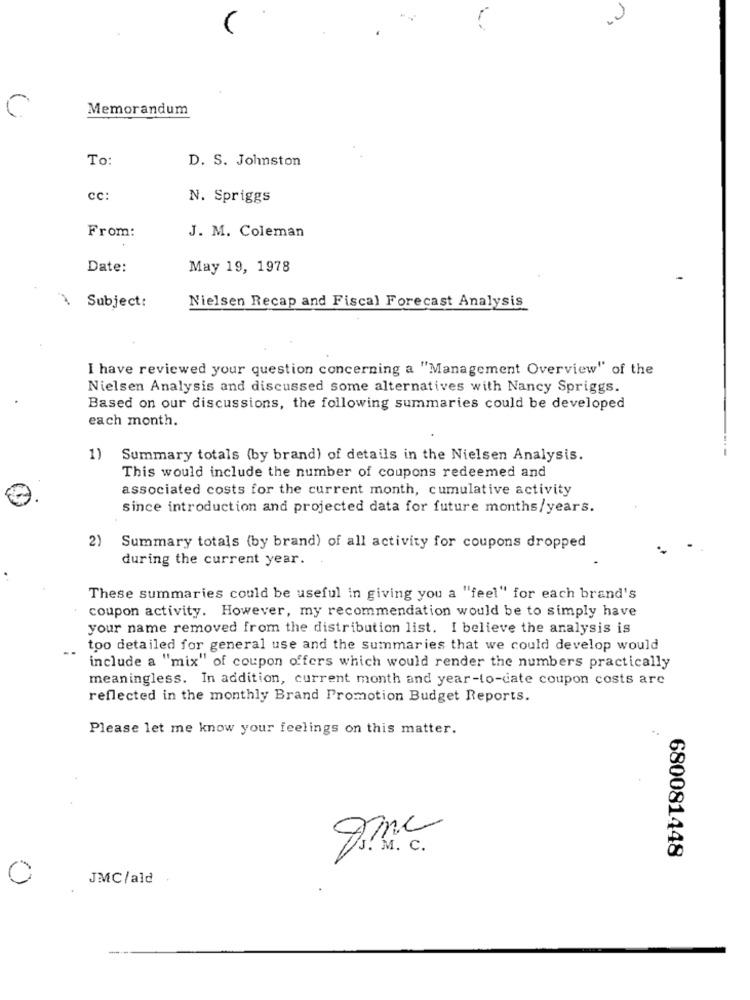
C
Memorandum
To:
D. S. Johnston
cc:
N. Spriggs
J. M. Coleman
From:
Date:
May 19, 1978
Nielsen Recap and Fiscal Forecast Analysis
Subject:
I have reviewed your question concerning a "Management Overview" of the
Nielsen Analysis and discussed some alternatives with Nancy Spriggs.
Based on our discussions, the following summaries could be developed
each month.
1)
Summary totals (by brand) of details in the Nielsen Analysis.
This would include the number of coupons redeemed and
associated costs for the current month, cumulative activity
since introduction and projected data for future months/years.
2)
Summary totals (by brand) of all activity for coupons dropped
during the current year.
These summaries could be useful in giving you a "feel" for each brand's
coupon activity. However, my recommendation would be to simply have
your name removed from the distribution list. I believe the analysis is
--
too detailed for general use and the summaries that we could develop would
include a "mix" of coupon offers which would render the numbers practically
meaningless. In addition, current month and year-to-date coupon costs are
reflected in the monthly Brand Promotion Budget Reports.
Please let me know your feelings on this matter.
--.
me
680081448
JMC/ald